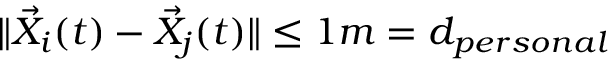
\| \vec { X } _ { i } ( t ) - \vec { X } _ { j } ( t ) \| \le 1 m = d _ { p e r s o n a l }